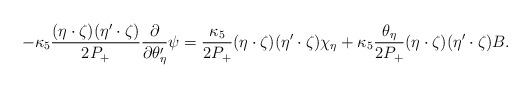
LaTeX: \begin{align*}-\kappa_5\frac{(\eta\cdot\zeta)(\eta'\cdot\zeta)}{2P_+}\frac{\partial}{\partial\theta'_\eta}\psi = \frac{\kappa_5}{2P_+} (\eta\cdot\zeta)(\eta'\cdot\zeta)\chi_\eta + \kappa_5\frac{\theta_\eta}{2P_+}(\eta\cdot\zeta)(\eta'\cdot\zeta) B.\end{align*}